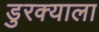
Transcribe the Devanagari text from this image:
डुरक्याला